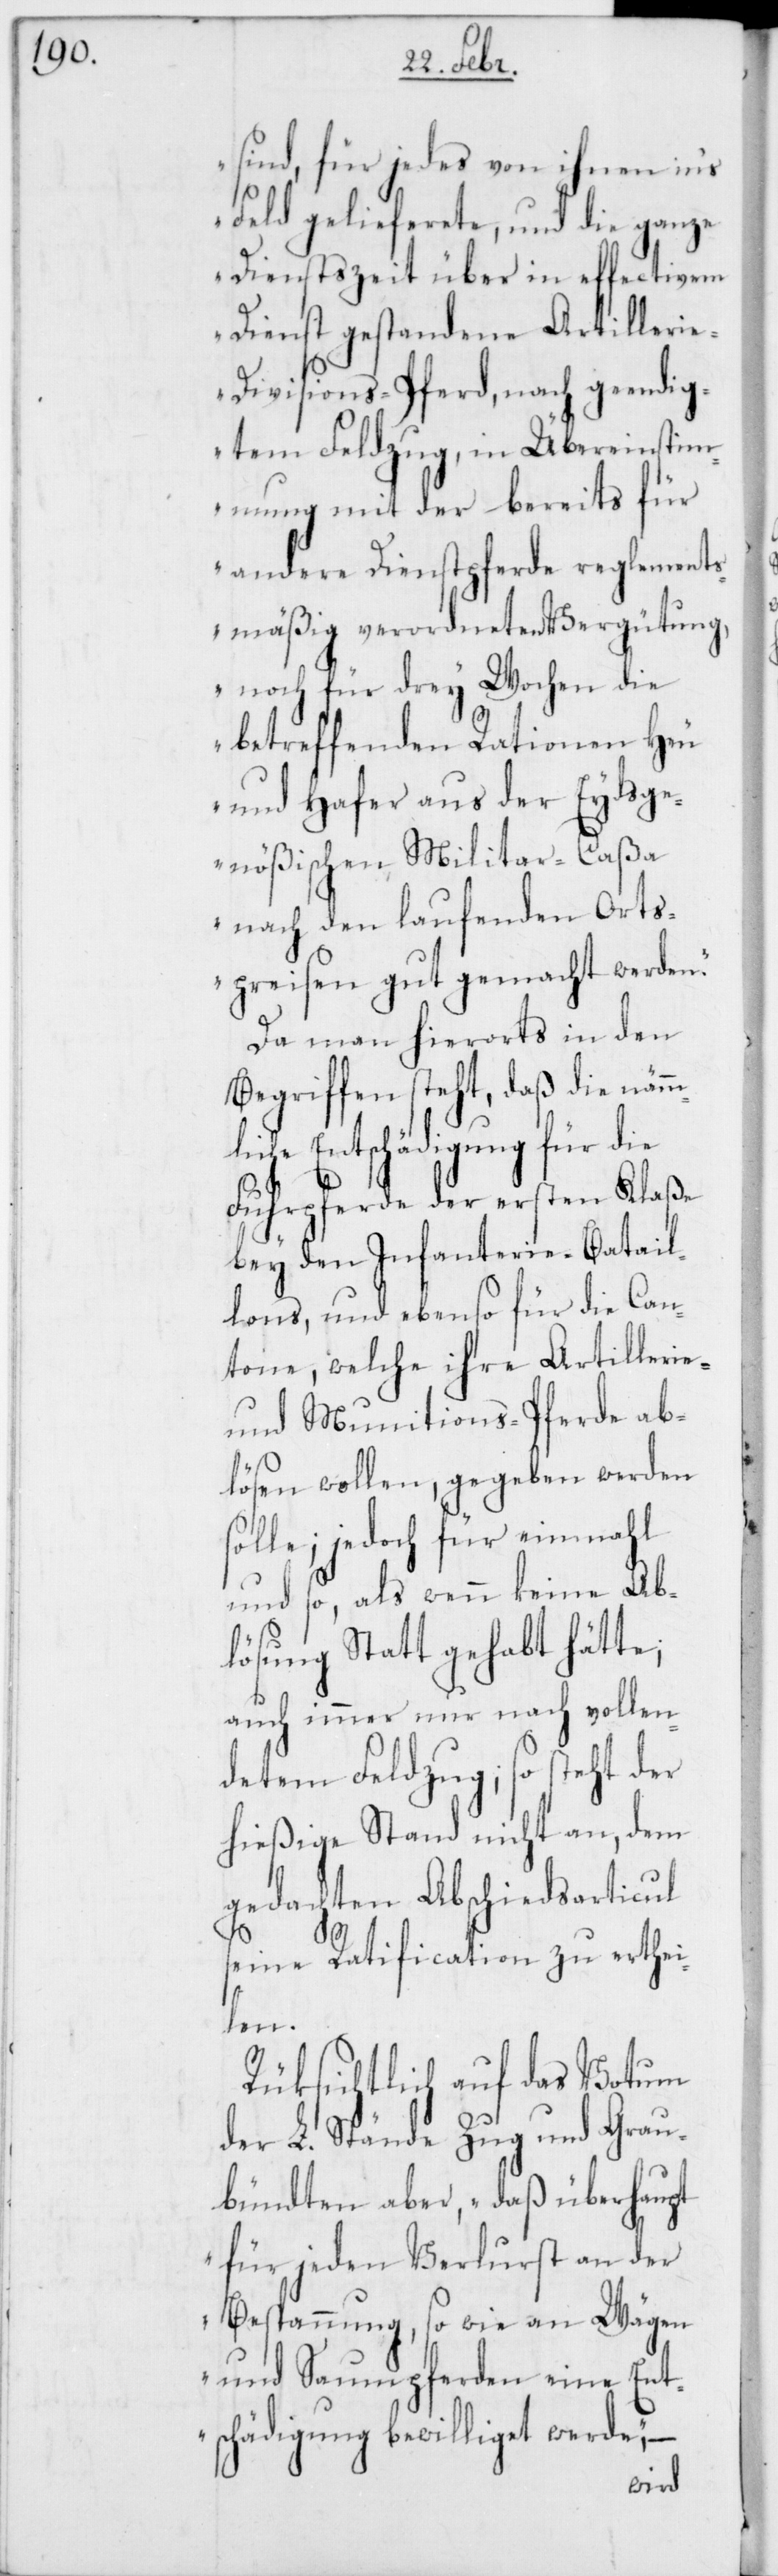
sind, für jedes von ihnen in‘s
Feld gelieferete und die ganze
Dienstszeit über in effectivem
Dienst gestandene Artilleri¬
e-Divisions-Pferde, nach geendig¬
tem Feldzug, in Übereinstim¬
mung mit der bereits für
andere Dienstpferde reglements¬
mäßig verordneten Vergütung,
noch für drey Wochen die
betreffenden Rationen Heu
und Hafer aus der Eydsge¬
nößischen Militar-Caßa
nach den laufenden Orts¬
preisen gut gemacht werden.“
Da man hierorts in den
Begriffen steht, daß die nämm¬
liche Entschädigung für die
Fuhrpferde der ersten Klaße
bey den Infanterie-Batail¬
lons, und ebenso für die Can¬
tone, welche ihre Artillerie-
und Munitions-Pferde ab¬
lösen wollen, gegeben werden
solle; jedoch für einmahl
und so, als wenn keine Ab¬
lösung Statt gehabt hätte;
auch immer nur nach vollen¬
detem Feldzug; so steht der
hießige Stand nicht an, dem
gedachten Abschiedsarticul
seine Ratification zu erthei¬
len.
Rüksichtlich auf das Votum
der L. Stände Zug und Grau¬
bündten aber, „daß überhaupt
für jeden Verlust an der
Bespannung, so wie an Wägen
und Saumpferden eine Ent¬
schädigung bewilliget werde,“ –